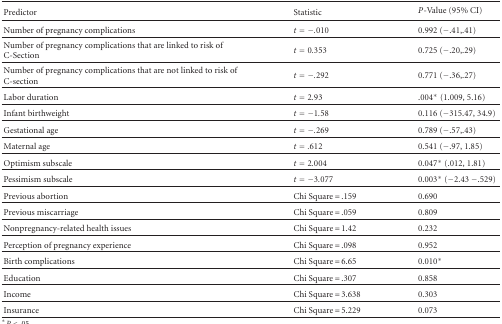
| Predictor | Statistic | P-Value (95% CI) |
 | --- | --- | --- |
 | Number of pregnancy complications | t = −.010 | 0.992 (−.41,.41) |
 | Number of pregnancy complications that are linked to risk of C-Section | t = 0.353 | 0.725 (−.20,.29) |
 | Number of pregnancy complications that are not linked to risk of C-section | t = −.292 | 0.771 (−.36,.27) |
 | Labor duration | t = 2.93 | .004* (1.009, 5.16) |
 | Infant birthweight | t = −1.58 | 0.116 (−315.47, 34.9) |
 | Gestational age | t = −.269 | 0.789 (−.57,.43) |
 | Maternal age | t = .612 | 0.541 (−.97, 1.85) |
 | Optimism subscale | t = 2.004 | 0.047* (.012, 1.81) |
 | Pessimism subscale | t = −3.077 | 0.003* (−2.43 −.529) |
 | Previous abortion | Chi Square = .159 | 0.690 |
 | Previous miscarriage | Chi Square = .059 | 0.809 |
 | Nonpregnancy-related health issues | Chi Square = 1.42 | 0.232 |
 | Perception of pregnancy experience | Chi Square = .098 | 0.952 |
 | Birth complications | Chi Square = 6.65 | 0.010* |
 | Education | Chi Square = .307 | 0.858 |
 | Income | Chi Square = 3.638 | 0.303 |
 | Insurance | Chi Square = 5.229 | 0.073 |